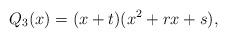
LaTeX: \begin{align*}Q_3(x)=(x+t)(x^2+r x+s),\end{align*}